system: You are a helpful assistant.
user:
Analyze the provided spectrum to determine if it is a **Carbon Star (C-type)**.

- **Key Visual Indicators of Carbon Star:**
    - **(Primary):** Strong molecular absorption from **C₂ (diatomic carbon) "Swan Bands."** This is the **defining feature** of a carbon star.
        - **(Key Bandheads):** Sharp absorption edges are visible at approximately $5635$ Å, $5165$ Å (the strongest band), and $4737$ Å.
        - **(Line Profile):** Creates a distinct **"saw-tooth"** pattern. The key morphology is a sharp, steep bandhead on the **red (long-wavelength) side**, which then gradually tapers off (i.e., flux recovers) towards the **blue (short-wavelength) side**. *(This is the direct opposite of the TiO bands seen in M-type stars)*.

    - **(Secondary):** Intense **CN (cyanogen)** molecular absorption bands.
        - **(Key Bandheads):** Located in the blue and violet regions of the spectrum (e.g., near $4215$ Å and $3883$ Å).
        - **(Morphology):** These bands are extremely broad and act as a "blanket," absorbing the vast majority of blue and violet light. This creates a characteristic **"cliff"** or **"steep drop-off"** in the spectrum's flux at short wavelengths.

    - **(Key Confirmation):** Strong **CH absorption band (G-band)**.
        - **(Key Bandhead):** Located around $4300$ Å. The contribution from CH molecules to this band is exceptionally strong.

    - **(Overall Spectrum):**
        - The continuum is severely "chopped up" by these deep molecular bands, especially C₂, rather than appearing as a smooth curve.
        - Due to the heavy CN and C₂ absorption in the blue-green, the vast majority of the star's flux is concentrated in the red part of the spectrum, giving the star its characteristic deep red color.

Think first, call **spectral_visualization_tool** if needed to examine features in detail, then provide your final answer. Your response must adhere to the following strict rules:
1.  **Overall Structure:** Your response must follow the format `<think>...</think> <tool_call>...</tool_call> (if a tool is used) <answer>...</answer>`.
2.  **Tool Usage Constraint:** You may only make **one** tool call per turn.
3.  **Final Answer Format:** In the `<answer>` tag, your conclusion must be inside a `\boxed{}` command (e.g., `\boxed{YES}`), followed by your justification.

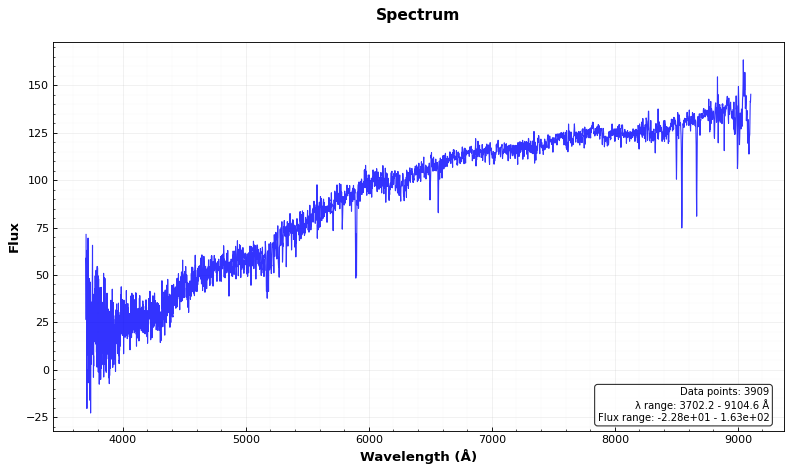
Answer: NO